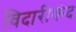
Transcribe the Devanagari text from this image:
विदारीकंद